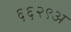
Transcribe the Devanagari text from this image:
६६२९अ